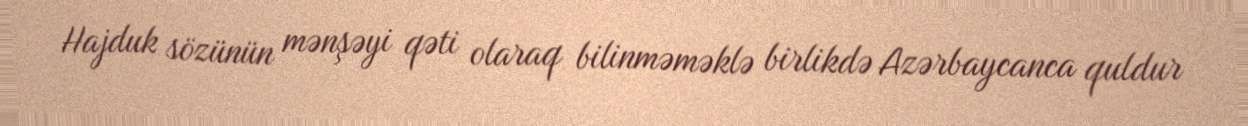
Hajduk sözünün mənşəyi qəti olaraq bilinməməklə birlikdə Azərbaycanca quldur